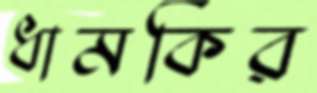
ধামকির